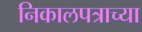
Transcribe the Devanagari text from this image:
निकालपत्राच्या